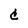
Character: C